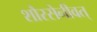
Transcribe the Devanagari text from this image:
शौरसेनीवत्